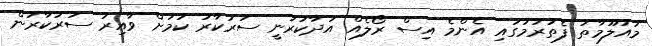
މައުލޫމާތު ފެތުރުމުގައި އެންމެ އިސް ރޯލެއް އަދާކުރަނީ ސަރުކާރު ކަމަށް ވާއިރު ސަރުކާރުން